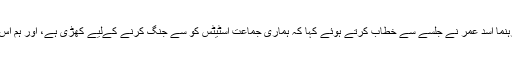
اس سے پہلے پی ٹی آئی کے رہنما اسد عمر نے جلسے سے خطاب کرتے ہوئے کہا کہ ہماری جماعت اسٹیٹس کو سے جنگ کرنے کےلیے کھڑی ہے، اور ہم اس اسٹیٹس کو کو ختم کریں گے ۔